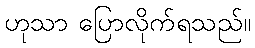
ဟုသာ ပြောလိုက်ရသည်။